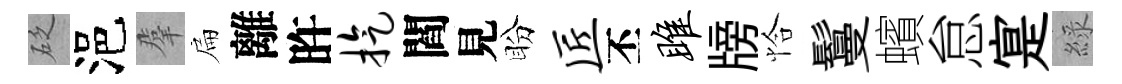
砭浥羣扁離旿旋閻見盼匠丕雎牓恰鬘蠙怠寔綠